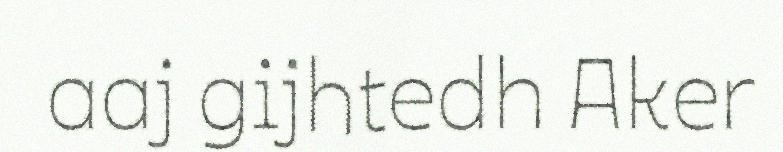
aaj gijhtedh Aker